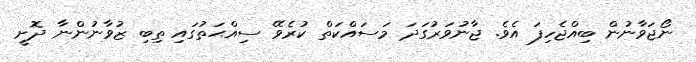
ނޯޖަވާނުން ބިއްޖެހިފަ އެވެ. ޖާނުވަރުގަދަ މަސައްކަތް ކުރެވޭ ސިއްޙަތުގައި ތިބި ޒުވާނުންނާ ދޮށީ